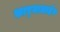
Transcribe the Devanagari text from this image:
कार्‍यालाईन